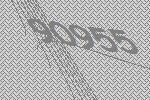
90955